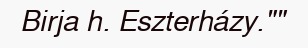
Birja h. Eszterházy.""